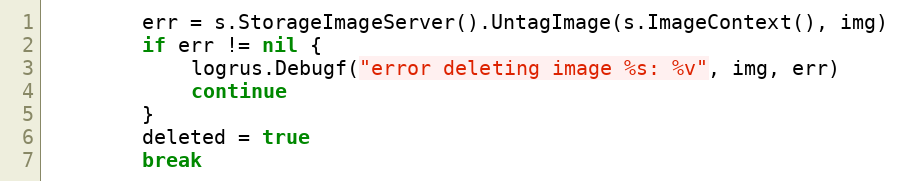
Language: Go
		err = s.StorageImageServer().UntagImage(s.ImageContext(), img)
		if err != nil {
			logrus.Debugf("error deleting image %s: %v", img, err)
			continue
		}
		deleted = true
		break